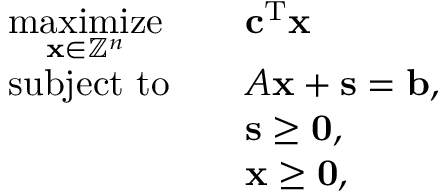
{ \begin{array} { r l r l } & { { \underset { \mathbf { x } \in \mathbb { Z } ^ { n } } { \mathrm { m a x i m i z e } } } } & & { \mathbf { c } ^ { \mathrm { T } } \mathbf { x } } \\ & { { \mathrm { s u b j e c t ~ t o } } } & & { A \mathbf { x } + \mathbf { s } = \mathbf { b } , } \\ & { } & & { \mathbf { s } \geq \mathbf { 0 } , } \\ & { } & & { \mathbf { x } \geq \mathbf { 0 } , } \end{array} }